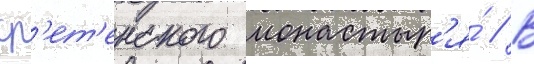
ср'ет'енского монастыр'я́ // В